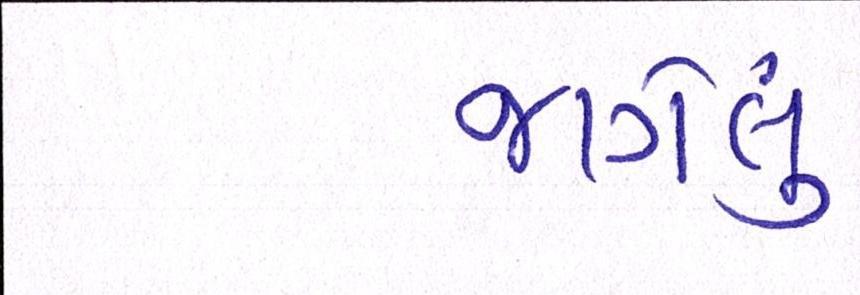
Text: જાગેલું